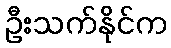
ဦးသက်နိုင်က